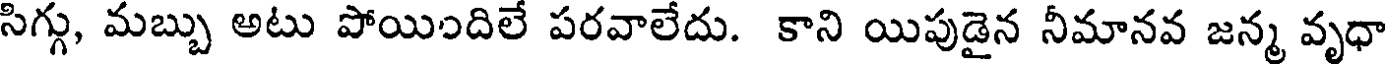
సిగ్గు, మబ్బు అటు పోయిఐదిలే పరవాలేదు. కాని యిపుడైన నీమానవ జన్మ వృధా